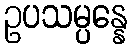
ဥပသမ္ပန္နေ